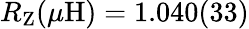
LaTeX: R_{\mathrm{Z}}(\mu\mathrm{H})=1.040(33)